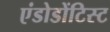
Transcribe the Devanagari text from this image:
एंडोडोंटिस्ट